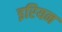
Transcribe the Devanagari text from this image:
इरियन